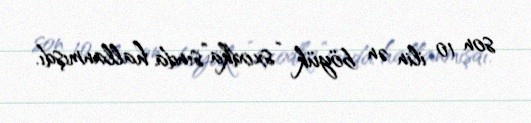
son 10 ilin ən böyük “sxodka”sında hallanmışdı.